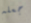
جعله